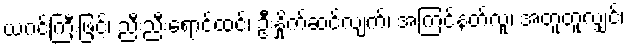
ယဂင်ကြီးဖြင့်၊ ညီးညီးရောင်ထင်၊ ဦးနှိုက်ဆင်လျက်၊ အကြင်နတ်လူ၊ အတူတူလျှင်၊